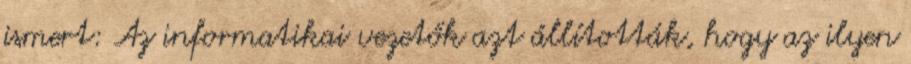
ismert: Az informatikai vezetők azt állították, hogy az ilyen